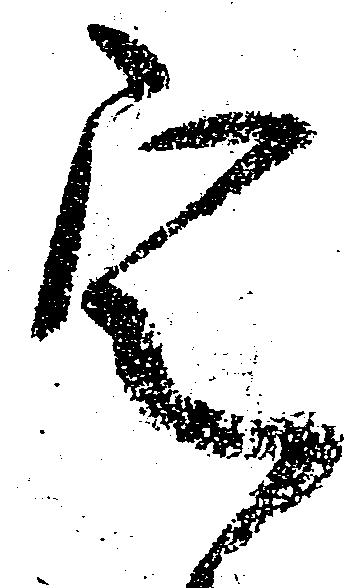
定